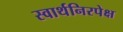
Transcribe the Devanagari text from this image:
स्वार्थनिरपेक्ष